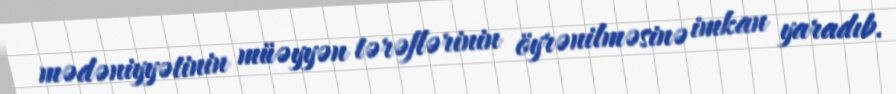
mədəniyyətinin müəyyən tərəflərinin öyrənilməsinə imkan yaradıb.